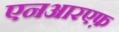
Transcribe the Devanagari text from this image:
एनआरएफ़